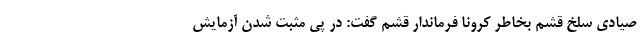
صیادی سَلَخ قشم بخاطر کرونا فرماندار قشم گفت: در پی مثبت شدن آزمایش